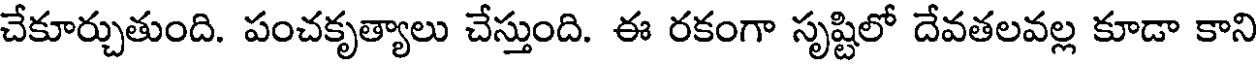
చేకూర్చుతుంది. పంచకృత్యాలు చేస్తుంది. ఈ రకంగా సృష్టిలో దేవతలవల్ల కూడా కాని